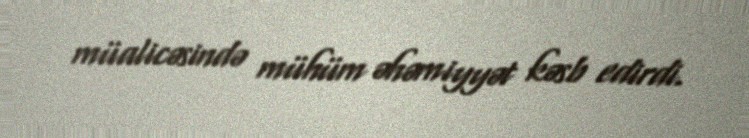
müalicəsində mühüm əhəmiyyət kəsb edirdi.